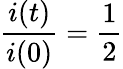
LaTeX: \frac{i(t)}{i(0)}=\frac{1}{2}